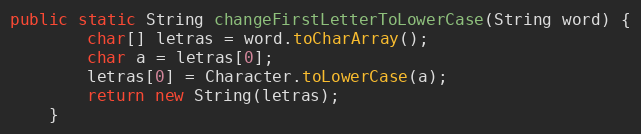
Language: Java
public static String changeFirstLetterToLowerCase(String word) {
        char[] letras = word.toCharArray();
        char a = letras[0];
        letras[0] = Character.toLowerCase(a);
        return new String(letras);
    }